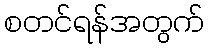
စတင်ရန်အတွက်